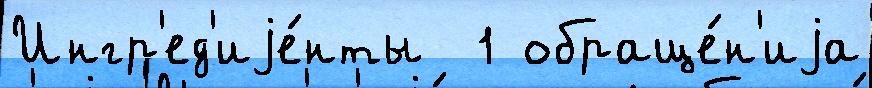
Ингр'ед'иjе́нты  1 обраще́н'иjа